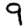
Digit: 9